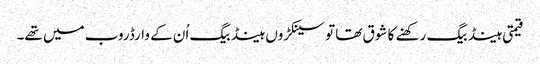
قیمتی ہینڈ بیگ رکھنے کا شوق تھا تو سینکڑوں ہینڈ بیگ اُن کے وارڈروب میں تھے۔